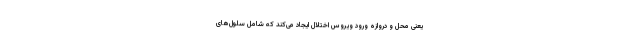
یعنی محل و دروازه ورود ویروس اختلال ایجاد می‌کند که شامل سلول‌های